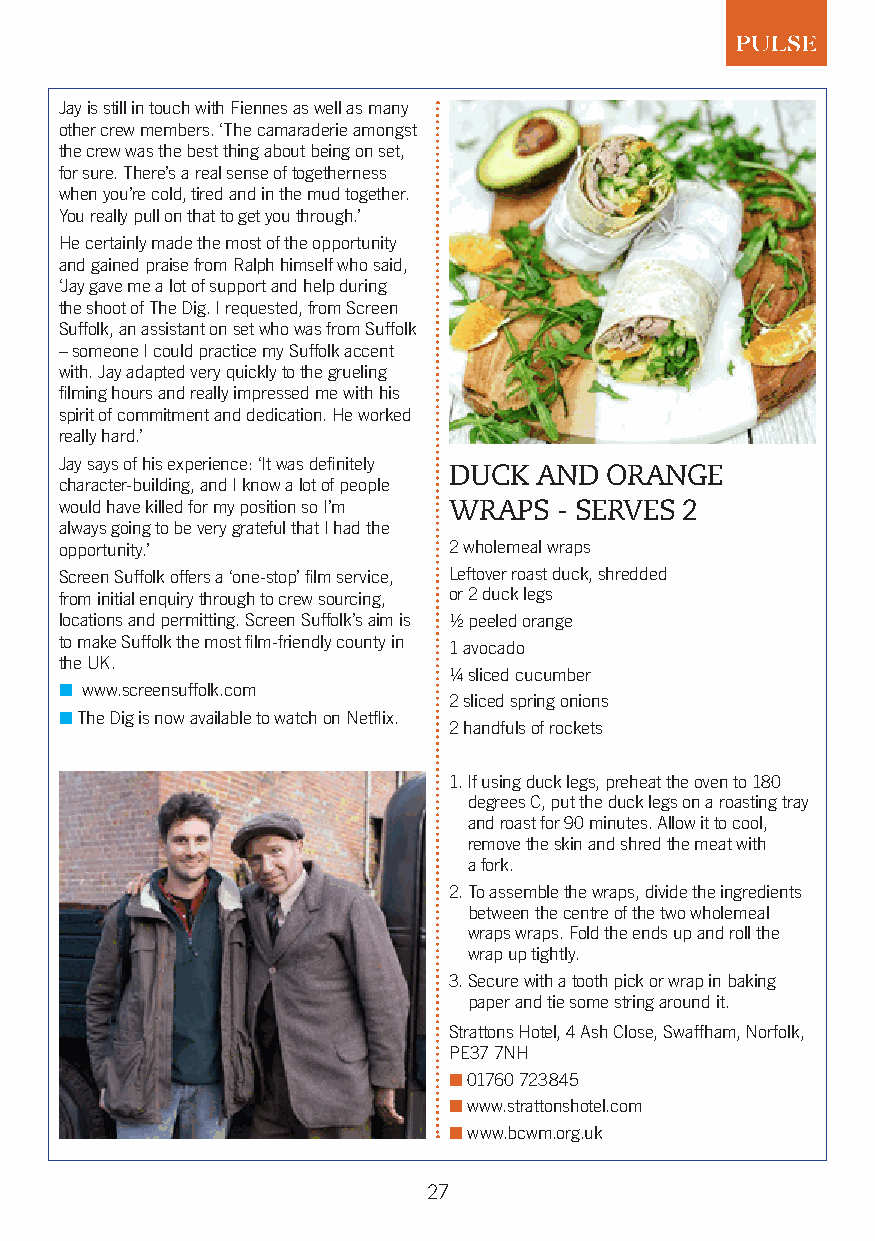
Jay is still in touch with Fiennes as well as many
 other crew members. ‘The camaraderie amongst
 the crew was the best thing about being on set,
 for sure. There’s a real sense of togetherness
 when you’re cold, tired and in the mud together.
 You really pull on that to get you through.’
 He certainly made the most of the opportunity
 and gained praise from Ralph himself who said,
 ‘Jay gave me a lot of support and help during
 the shoot of The Dig. I requested, from Screen
 Suffolk, an assistant on set who was from Suffolk
 – someone I could practice my Suffolk accent
 with. Jay adapted very quickly to the grueling
 filming hours and really impressed me with his
 spirit of commitment and dedication. He worked
 really hard.’
 Jay says of his experience: ‘It was definitely
 DUCK AND  ORANGE
 character-building, and I know a lot of people
 would have killed for my position so I’m WRAPS - SERVES 2
 always going to be very grateful that I had the
 opportunity.’             2 wholemeal wraps
 Screen Suffolk offers a ‘one-stop’ film service, Leftover roast duck, shredded
 from initial enquiry through to crew sourcing, or 2 duck legs
 locations and permitting. Screen Suffolk’s aim is ½ peeled orange
 to make Suffolk the most film-friendly county in
 1 avocado
 the UK.
 ¼ sliced cucumber
 n www.screensuffolk.com
 2 sliced spring onions
 n The Dig is now available to watch on Netflix.
 2 handfuls of rockets
 1. If using duck legs, preheat the oven to 180
 degrees C, put the duck legs on a roasting tray
 and roast for 90 minutes. Allow it to cool,
 remove the skin and shred the meat with
 a fork.
 2. To assemble the wraps, divide the ingredients
 between the centre of the two wholemeal
 wraps wraps. Fold the ends up and roll the
 wrap up tightly.
 3. Secure with a tooth pick or wrap in baking
 paper and tie some string around it.
 Strattons Hotel, 4 Ash Close, Swaffham, Norfolk,
 PE37 7NH
 n 01760 723845
 n www.strattonshotel.com
 n www.bcwm.org.uk
 27